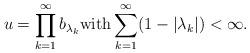
LaTeX: \begin{align*} u = \prod_{k=1}^\infty b_{\lambda_k} \mbox{with} \sum_{k=1}^\infty (1 - |\lambda_k|) < \infty.\end{align*}